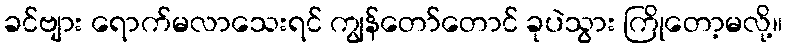
ခင်ဗျား ရောက်မလာသေးရင် ကျွန်တော်တောင် ခုပဲသွား ကြိုတော့မလို့။